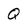
Character: Q